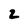
Character: 2